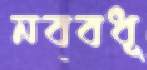
নববধূ